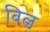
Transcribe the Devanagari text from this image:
बिल्च